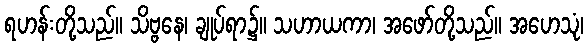
ရဟန်းတို့သည်။ သိဗ္ဗနေ၊ ချုပ်ရာ၌။ သဟာယကာ၊ အဖော်တို့သည်။ အဟေသုံ၊